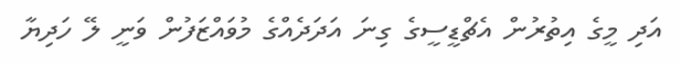
އަދި މީގެ އިތުރުން އެޗްޑީސީގެ ގިނަ އަދަދެއްގެ މުވައްޒަފުން ވަނީ ލޭ ހަދިޔާ